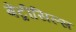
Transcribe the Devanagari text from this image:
बेंट्रीसिल्स